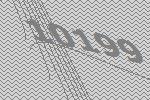
10199